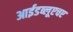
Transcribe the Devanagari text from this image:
आईडब्लूएचए